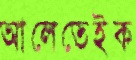
আলেতেইক